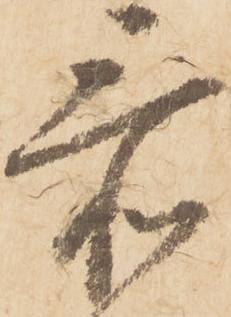
忝